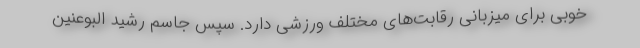
خوبی برای میزبانی رقابت‌های مختلف ورزشی دارد. سپس جاسم رشید البوعنین